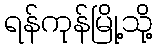
ရန်ကုန်မြို့သို့